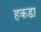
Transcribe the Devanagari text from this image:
हकडा